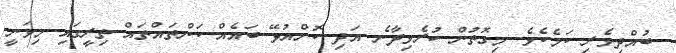
ބުއްދިވެރި ކަމެކެވެ. މިގޮތުން ކުރެވިދާނެ އަދި ކޮށްއުޅޭ ބައެއް ކަންތައްތައް ތިރީގައި މިވަނީ